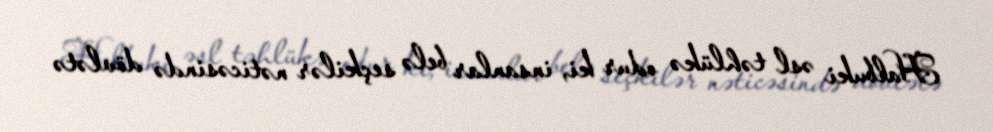
Halbuki əsl təhlükə odur ki, insanlar belə seçkilər nəticəsində dövlətə